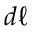
d \ell